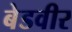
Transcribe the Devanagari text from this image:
बेडवीर